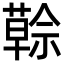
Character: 𦾠